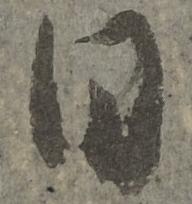
日